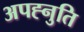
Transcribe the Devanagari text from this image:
अपह्नुति